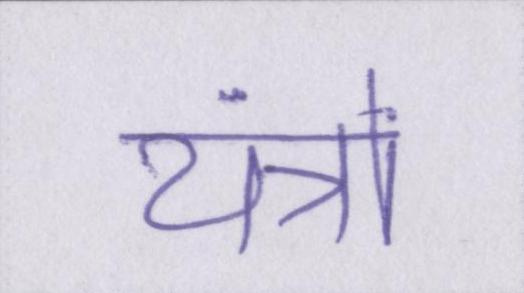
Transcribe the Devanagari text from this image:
यंत्रों